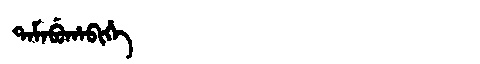
Manchu: ᡨᠠᠮᠠᠪᡠᡥᠠᠪᡳᡥᡝ
Romanization: TAMABUHABIHE